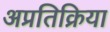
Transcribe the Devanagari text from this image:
अप्रतिक्रिया